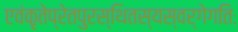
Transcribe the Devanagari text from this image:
एवंकृतेप्रेतपुरस्थितस्यस्वर्गेगतिः